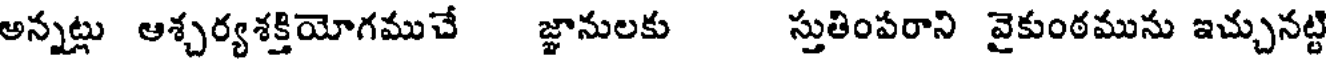
అన్నట్లు ఆశ్చర్యశక్తియోగముచే జ్ఞానులకు స్తుతింపరాని వైకుంఠమును ఇచ్చునట్టి